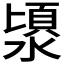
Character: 𣻯